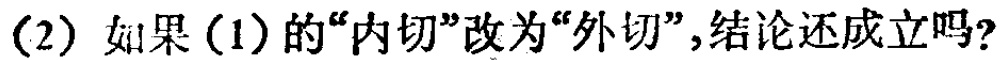
(2) 如果(1)的“内切”改为“外切”，结论还成立吗？